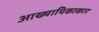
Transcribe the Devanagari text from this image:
आख्यायिकाकार